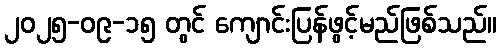
၂၀၂၅-၀၉-၁၅ တွင် ကျောင်းပြန်ဖွင့်မည်ဖြစ်သည်။